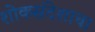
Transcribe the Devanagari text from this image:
शोकसंदेशाचा